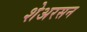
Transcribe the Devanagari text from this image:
शेअरसन